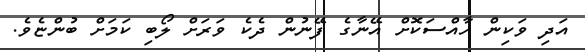
އަދި ވަކިން ހާއްސަކޮށް އޭނާގެ ފޭނުން ދެކެ ވަރަށް ލޯބި ކަމަށް ބުންޏެވެ.